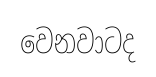
වෙනවාටද